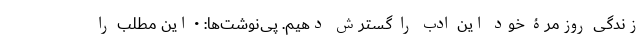
زندگی روزمرۀ خود این ادب را گسترش دهیم. پی‌نوشت‌ها: • این مطلب را